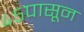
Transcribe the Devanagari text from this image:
४५पासून